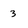
Character: 3